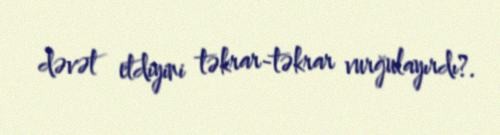
dəvət etdiyini təkrar-təkrar vurğulayırdı?.